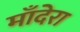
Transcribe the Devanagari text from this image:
माँदेरा